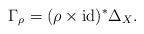
LaTeX: \begin{align*}\Gamma_\rho = (\rho\times \mathrm{id})^*\Delta_X.\end{align*}